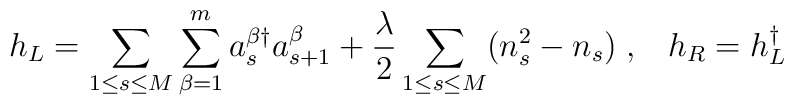
h_L = \sum_{1\leq s \leq M} \sum_{\beta=1}^{m} a_s^{\beta \dag}a_{s+1}^{\beta}+ \frac{\lambda}{2}\sum_{1\leq s \leq M}( n_s^2 -  n_s ) \; ,\;\; \; h_R =h_L^{\dag}